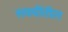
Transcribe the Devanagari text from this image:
सवयींतील